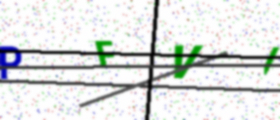
Text: PFVI